Bombay plague: being a history of the progress of plague in the Bombay presidency from September 1896 to June 1899
Year: 1896
Disease focus: Plague
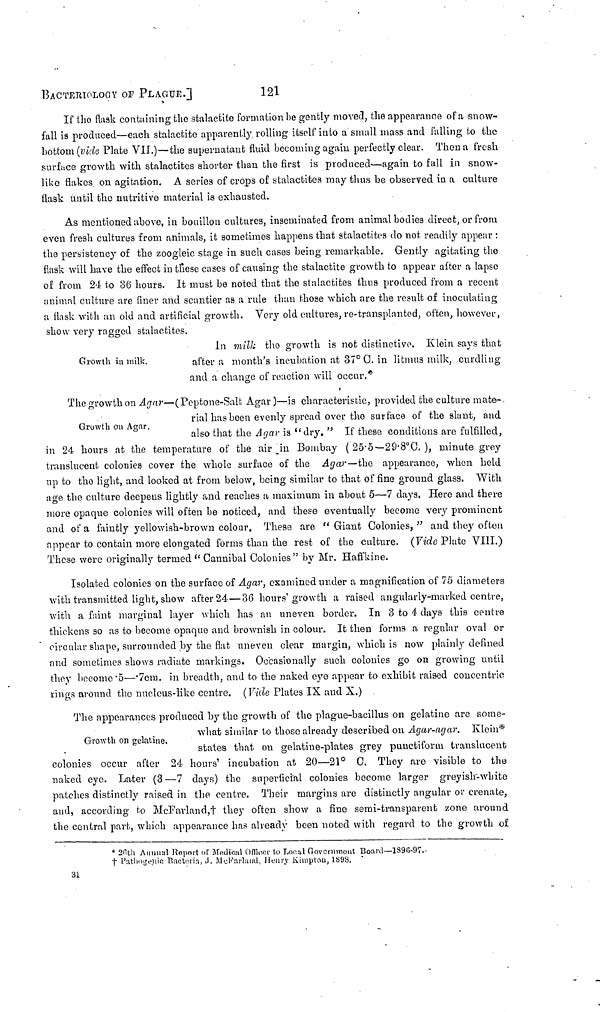
BACTERIOLOGY OF PLAGUE.]
121
If the flask containing the stalactite formation be gently moved, the appearance of a snow-
fall is produced—each stalactite apparently rolling itself into a small mass and falling to the
bottom (vide Plate VII.)—the supernatant fluid becoming again, perfectly clear. Then a fresh
surface growth with stalactites shorter than the first is produced—again to fall in snow-
like flakes on agitation. A series of crops of stalactites may thus be observed in a culture
flask until the nutritive material is exhausted.
As mentioned above, in bouillon cultures, inseminated from animal bodies direct, or from
even fresh cultures from animals, it sometimes happens that stalactites do not readily appear :
the persistency of the zoogleic stage in such cases being remarkable. Gently agitating the
flask will have the effect in these cases of causing the stalactite growth to appear after a lapse
of from 24 to 36 hours. It must be noted that the stalactites thus produced from a recent
animal culture are finer and scantier as a rule than those which are the result of inoculating
a flask with an old and artificial growth. Very old cultures, re-transplanted, often, however,
show very ragged stalactites.
Growth in milk.
In milk the growth is not distinctive. Klein says that
after a month's incubation at 37° C. in litmus milk, curdling
and a change of reaction will occur.*
Growth on Agar.
The growth on Agar—(Peptone-Salt Agar )—is characteristic, provided the culture mate-
rial has been evenly spread over the surface of the slant, and
also that the Agar is "dry." If these conditions are fulfilled,
in 24 hours at the temperature of the air in Bombay ( 25·5—29·8°G. ), minute grey
translucent colonies cover the whole surface of the Agar—the appearance, when held
up to the light, and looked at from below, being similar to that of fine ground glass. With
age the culture deepens lightly and reaches a maximum in about 5—7 days. Here and there
more opaque colonies will often be noticed, and these eventually become very prominent
and of a faintly yellowish-brown colour. These are " Giant Colonies, " and they often
appear to contain more elongated forms than the rest of the culture. (Vide Plate VIII.)
These were originally termed "Cannibal Colonies" by Mr. Haffkine.
Isolated colonies on the surface of Agar, examined under a magnification of 75 diameters
with transmitted light, show after 24 — 36 hours' growth a raised angularly-marked centre,
with a faint marginal layer which has an uneven border. In 3 to 4 days this centre
thickens so as to become opaque and brownish in colour. It then forms a regular oval or
circular shape, surrounded by the fiat uneven clear margin, which is now plainly defined
and sometimes shows radiate markings. Occasionally such colonies go on growing until
they become 5—7cm. in breadth, and to the naked eye appear to exhibit raised concentric
rings around the nucleus-like centre. (Vide Plates IX and X.)
Growth on gelatine.
The appearances produced by the growth of the plague-bacillus on gelatine are some-
what similar to those already described on Agar-agar. Klein*
states that on gelatine-plates grey punctiform translucent
colonies occur after 24 hours' incubation at 20—21° C. They are visible to the
naked eye. Later (3—7 days) the superficial colonies become larger greyish-white
patches distinctly raised in the centre. Their margins are distinctly angular or crenate,
and, according to McFarland,† they often show a fine semi-transparent zone around
the central part, which appearance has already been noted with regard to the growth of
* 26th Annual Report of Medical Officer to Looal Government Board—1896-97,
† Pathogenic Bacteria, J. McFarland, Henry Khvipi.au, 1898.
31